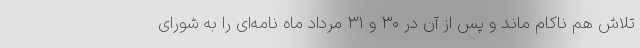
تلاش هم ناکام ماند و پس از آن در ۳۰ و ۳۱ مرداد ماه نامه‌ای را به شورای